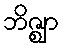
ဘိဇ္ဈာ